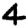
Digit: 4